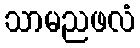
သာမညဖလံ